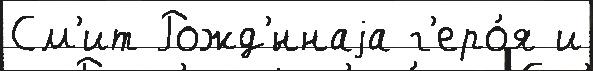
См'ит Рожд'́ннаjа г'еро́я и